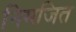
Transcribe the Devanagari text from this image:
निमजित